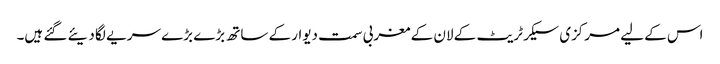
اس کے لیے مرکزی سیکرٹریٹ کے لان کے مغربی سمت دیوار کے ساتھ بڑے بڑے سریے لگا دیئے گئے ہیں۔